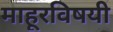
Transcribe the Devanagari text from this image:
माहूरविषयी